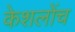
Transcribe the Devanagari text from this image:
केशलोंच